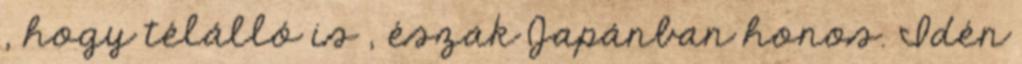
, hogy télálló is , észak Japánban honos. Idén